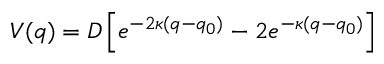
V ( q ) = D \left[ e ^ { - 2 \kappa ( q - q _ { 0 } ) } - 2 e ^ { - \kappa ( q - q _ { 0 } ) } \right]